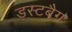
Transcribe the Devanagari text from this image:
डस्टबैग